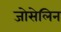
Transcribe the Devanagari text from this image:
जोसेलिन